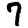
Digit: 7